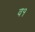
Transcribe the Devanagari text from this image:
व१